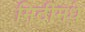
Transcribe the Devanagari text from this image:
मिठीमधे